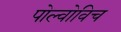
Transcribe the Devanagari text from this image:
पोल्वोविच